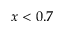
x < 0 . 7